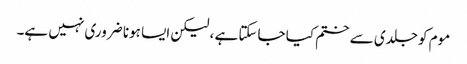
موم کو جلدی سے ختم کیا جاسکتا ہے ، لیکن ایسا ہونا ضروری نہیں ہے۔